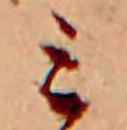
ミ